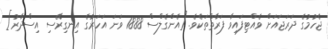
ޖެހުމުގެ ދަރަޖައަށް ވެއްޓިފައިވާ ފަރާތްތަކެވެ. [އެންގެލްސް 1888 ވަނަ އަހަރުގެ އިނގިރޭސި އިސްދާރު]